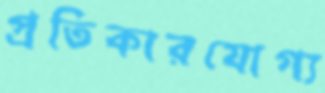
প্রতিকারযোগ্য